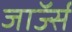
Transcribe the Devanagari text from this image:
जाॅर्ज्स